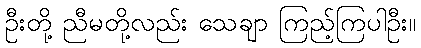
ဦးတို့ ညီမတို့လည်း သေချာ ကြည့်ကြပါဦး။